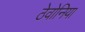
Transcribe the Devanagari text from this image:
ठेवोनिया